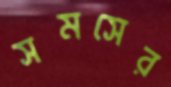
সমসের